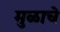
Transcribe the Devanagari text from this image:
मुळाचे